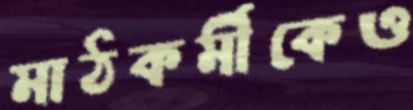
মাঠকর্মীকেও